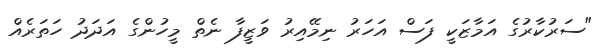
"ސަރުކާރުގެ އަމާޒަކީ ފަސް އަހަރު ނިމޭއިރު ވަޒީފާ ނެތް މީހުންގެ އަދަދު ހަތަރެއް